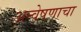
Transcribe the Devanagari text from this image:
अन्वेषणाचा